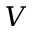
V